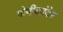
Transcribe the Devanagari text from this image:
गोपीकांदेर